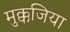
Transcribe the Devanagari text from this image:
मुक्कजिया